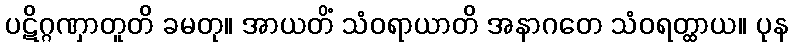
ပဋိဂ္ဂဏှာတူတိ ခမတု။ အာယတိံ သံဝရာယာတိ အနာဂတေ သံဝရတ္ထာယ။ ပုန